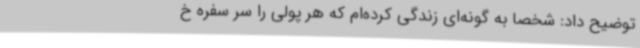
توضیح داد: شخصا به گونه‌ای زندگی‌ کرده‌ام که هر پولی را سر سفره خ